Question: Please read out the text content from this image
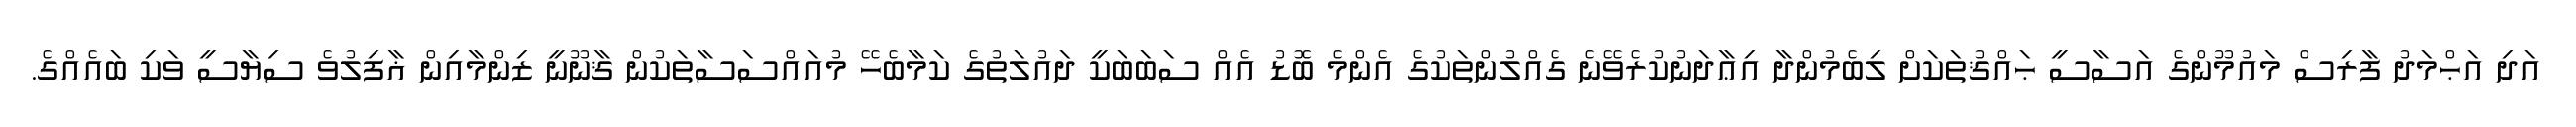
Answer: އަދި އަޙްމަދު ފާރިސް މައުމޫންގެ އަސާސީ ޙައްޤުތަކަށް ލިބެމުންދާ އިޢާދަނުކުރެވޭނެ ގެއްލުންތަކުގެ އެންމެ ބޮޑު އެއް ސަބަބަކީ ދައުލަތުގެ ކަމާބެހޭ މުއައްސަސާތަކުން ޤާނޫނީ ޒިންމާއިން ޣާފިލުވެ ސިޔާސީ ވަކި ބައެއްގެ.